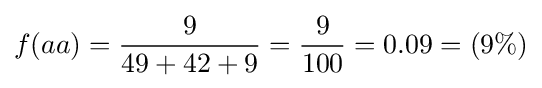
{\begin{aligned}f({aa})&={9 \over 49+42+9}={9 \over 100}=0.09=(9\%)\\\end{aligned}}